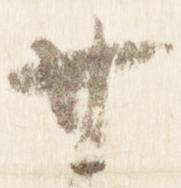
廿